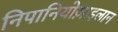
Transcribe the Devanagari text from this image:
निपानियोज़ाइलान